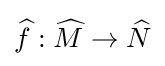
{\widehat {f}}:{\widehat {M}}\to {\widehat {N}}